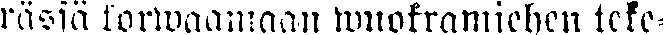
rässä korwaamaan wuokramiehen teke-